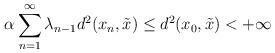
LaTeX: \begin{align*}\alpha\sum_{n=1}^{\infty}\lambda_{n-1}d^2(x_n,\tilde{x})\leq d^2(x_0,\tilde{x})<+\infty\end{align*}